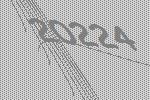
20224